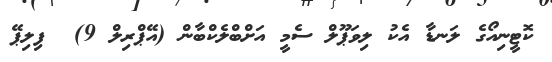
ކޮޓީނިއޯގެ ލަނޑާ އެކު ލިވަޕޫލް ސެމީ އަށްބްލެކްބާން (އޭޕްރިލް 9)  ފިލިޕޭ